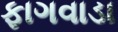
ફાગવાડા